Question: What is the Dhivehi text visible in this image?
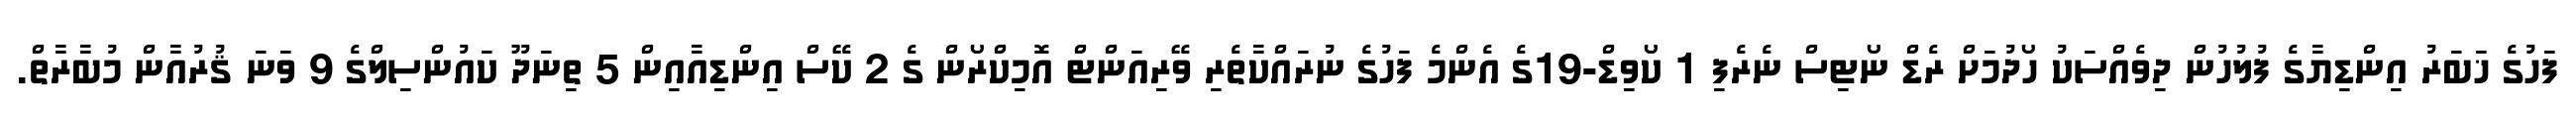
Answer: ފަހުގެ ޚަބަރު އިންޑިޔާގެ ފުލުހުން ދިވެއްސަކު ހޯދުމަށް ރެޑް ނޯޓިސް ނެރެފި 1 ކޯވިޑް-19ގެ އެންމެ ފަހުގެ ނުރައްކާތެރި ވޭރިއަންޓް އޮމިކްރޯން ގެ 2 ކޭސް އިންޑިއާއިން 5 ތިނަދޫ ކައުންސިލްގެ 9 ވަނަ ޤުރުއާން މުބާރާތް.